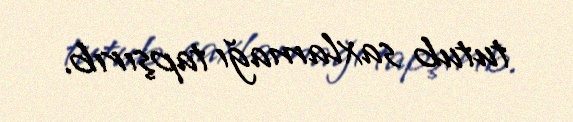
tutub saxlamağı tapşırıb.